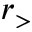
r _ { > }